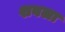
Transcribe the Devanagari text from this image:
शबला